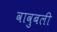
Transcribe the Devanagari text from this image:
वावुबली